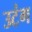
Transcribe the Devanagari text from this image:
उटंग